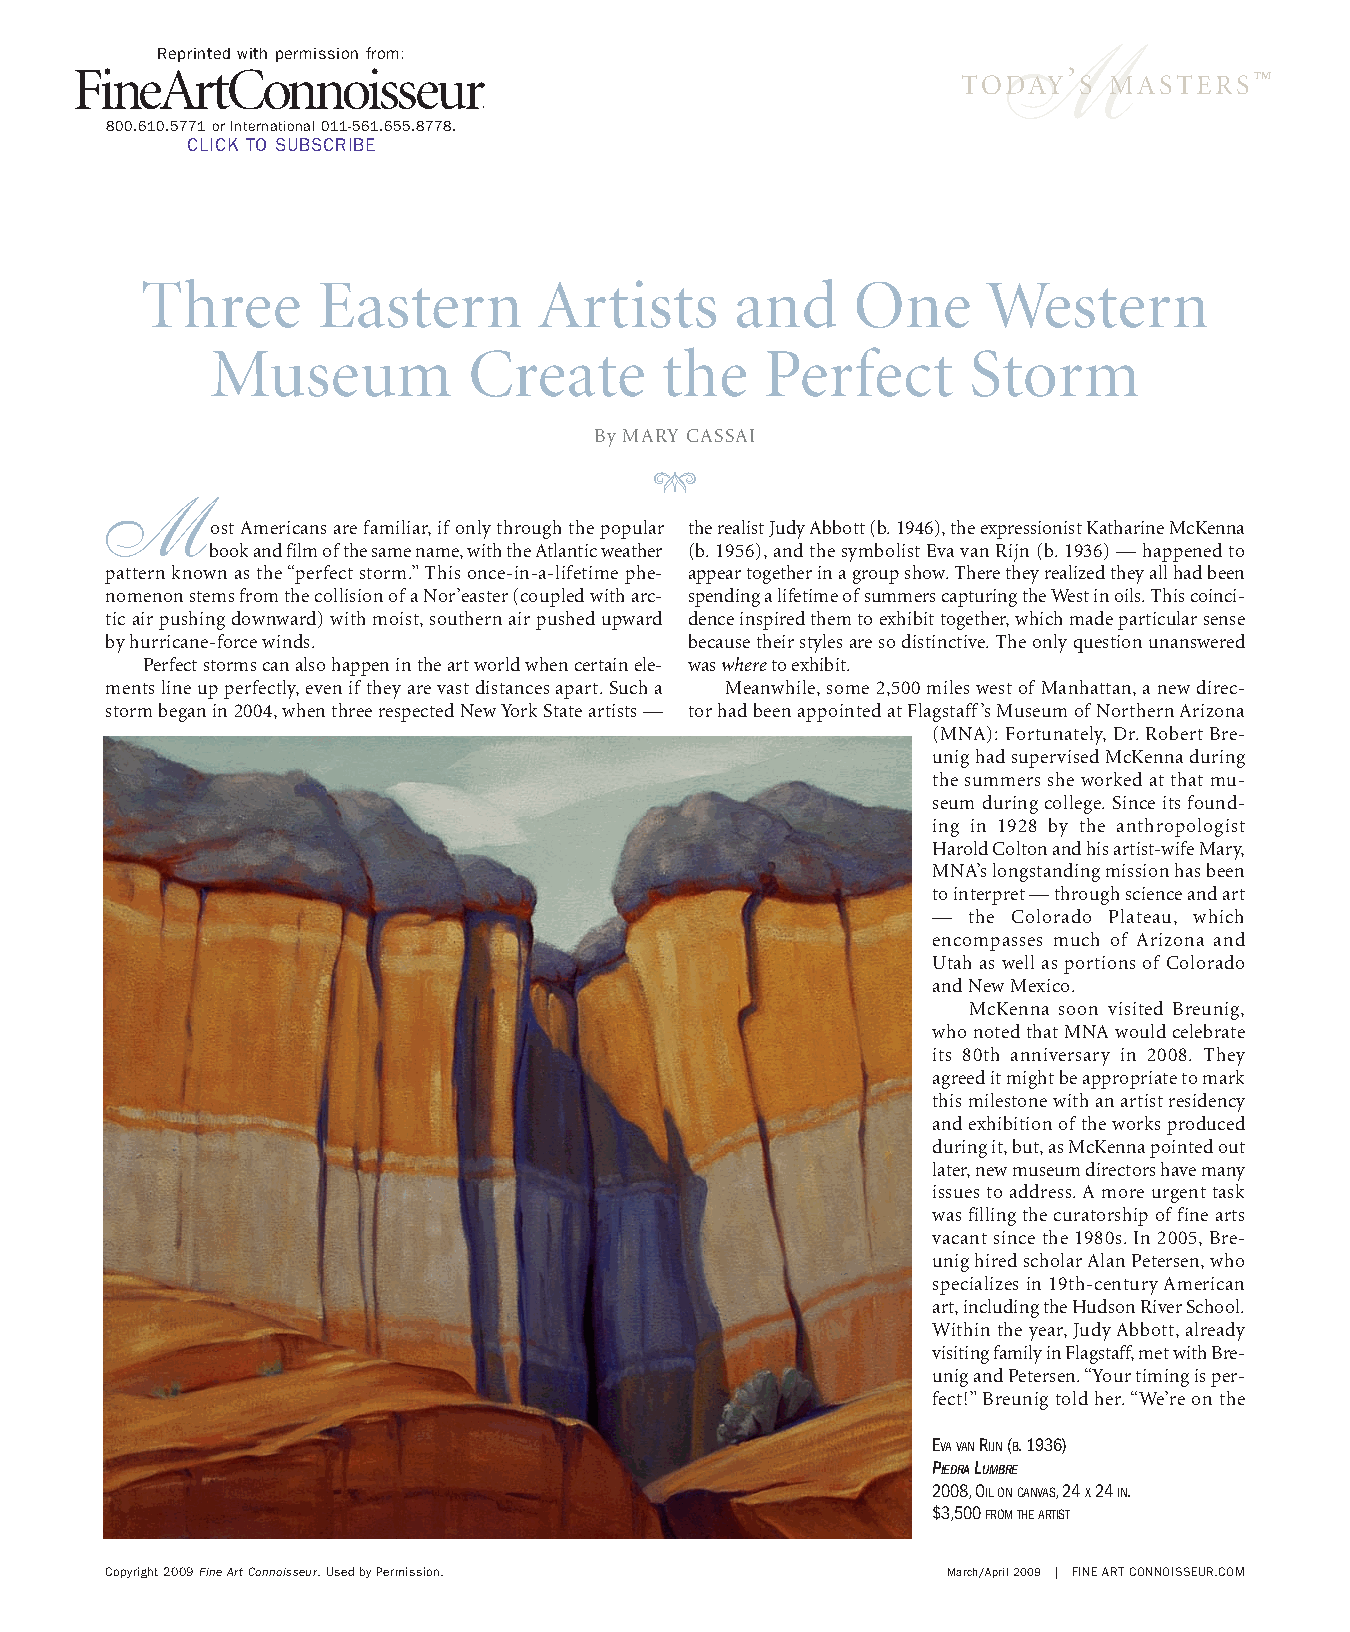
Reprinted with permission from:                          M
 TODAY’ S MASTERS™
 800.610.5771 or International 011-561.655.8778.
 CLICK TO SUBSCRIBE
 Three       Eastern        Artists      and     One     Western
 Museum           Create       the    Perfect      Storm
 By MARY CASSAI
 GH
 M
 ost Americans are familiar, if only through the popular the realist Judy Abbott (b. 1946), the expressionist Katharine McKenna
 book and film of the same name, with the Atlantic weather (b. 1956), and the symbolist Eva van Rijn (b. 1936) — happened to
 pattern known as the “perfect storm.” This once-in-a-lifetime phe- appear together in a group show. There they realized they all had been
 nomenon stems from the collision of a Nor’easter (coupled with arc- spending a lifetime of summers capturing the West in oils. This coinci-
 tic air pushing downward) with moist, southern air pushed upward dence inspired them to exhibit together, which made particular sense
 by hurricane-force winds.              because their styles are so distinctive. The only question unanswered
 Perfect storms can also happen in the art world when certain ele- was whereto exhibit.
 ments line up perfectly, even if they are vast distances apart. Such a Meanwhile, some 2,500 miles west of Manhattan, a new direc-
 storm began in 2004, when three respected New York State artists — tor had been appointed at Flagstaff’s Museum of Northern Arizona
 (MNA): Fortunately, Dr. Robert Bre-
 unig had supervised McKenna during
 the summers she worked at that mu-
 seum during college. Since its found-
 ing in 1928 by the anthropologist
 Harold Colton and his artist-wife Mary,
 MNA’s longstanding mission has been
 to interpret — through science and art
 — the Colorado Plateau, which
 encompasses much of Arizona and
 Utah as well as portions of Colorado
 and New Mexico.
 McKenna soon visited Breunig,
 who noted that MNA would celebrate
 its 80th anniversary in 2008. They
 agreed it might be appropriate to mark
 this milestone with an artist residency
 and exhibition of the works produced
 during it, but, as McKenna pointed out
 later, new museum directors have many
 issues to address. A more urgent task
 was filling the curatorship of fine arts
 vacant since the 1980s. In 2005, Bre-
 unig hired scholar Alan Petersen, who
 specializes in 19th-century American
 art, including the Hudson River School.
 Within the year, Judy Abbott, already
 visiting family in Flagstaff, met with Bre-
 unig and Petersen. “Your timing is per-
 fect!” Breunig told her. “We’re on the
 EVAVANRIJN(B. 1936)
 PIEDRALUMBRE
 2008, OILONCANVAS, 24 X24 IN.
 $3,500 FROMTHEARTIST
 Copyright 2009 Fine Art Connoisseur. Used by Permission. March/April 2009 | FINE ART CONNOISSEUR.COM